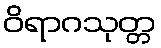
ဝိရာဂသုတ္တ